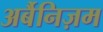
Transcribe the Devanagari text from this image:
अर्बैनिज़म